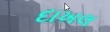
દાખલ